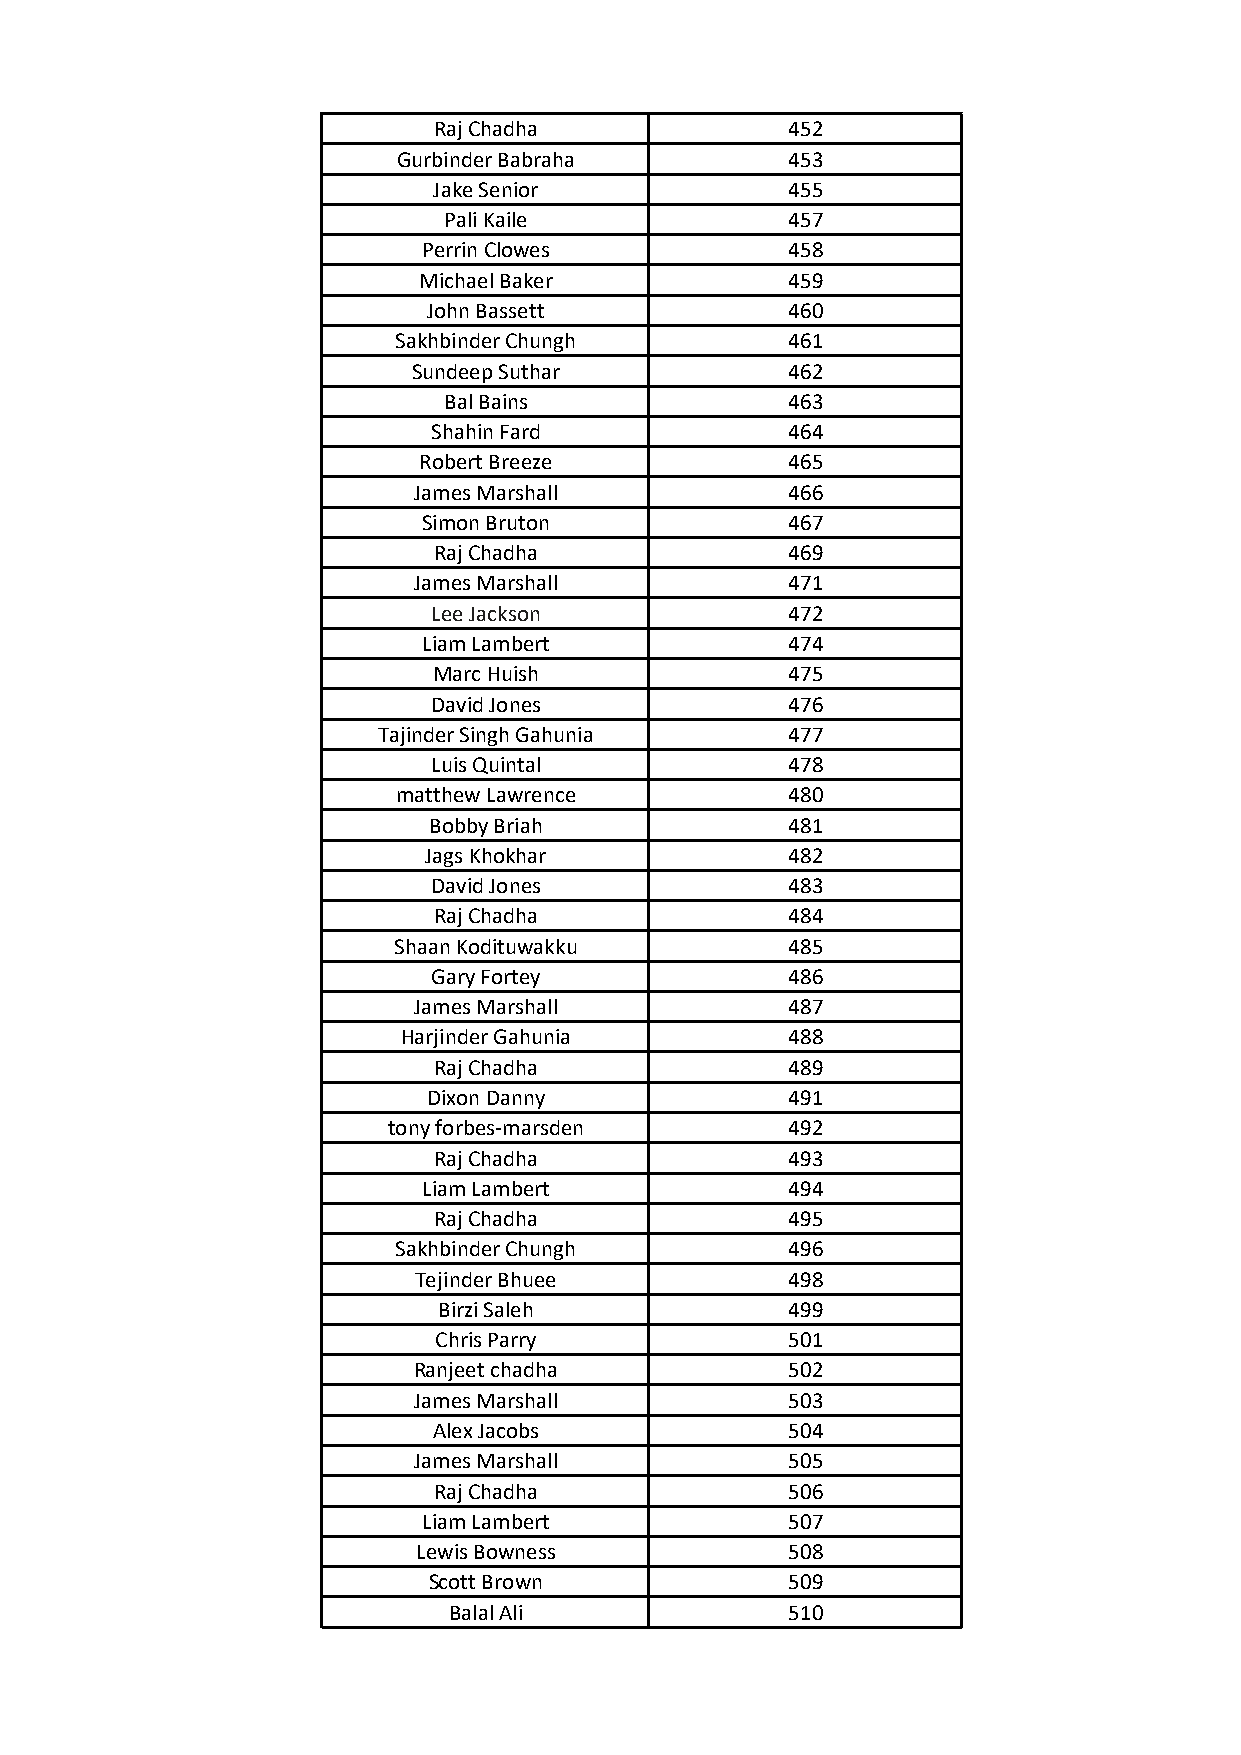
Raj Chadha             452
 Gurbinder Babraha         453
 Jake Senior            455
 Pali Kaile             457
 Perrin Clowes           458
 Michael Baker           459
 John Bassett            460
 Sakhbinder Chungh         461
 Sundeep Suthar           462
 Bal Bains              463
 Shahin Fard            464
 Robert Breeze           465
 James Marshall           466
 Simon Bruton            467
 Raj Chadha             469
 James Marshall           471
 Lee Jackson            472
 Liam Lambert            474
 Marc Huish             475
 David Jones            476
 Tajinder Singh Gahunia     477
 Luis Quintal           478
 matthew Lawrence          480
 Bobby Briah             481
 Jags Khokhar            482
 David Jones            483
 Raj Chadha             484
 Shaan Kodituwakku         485
 Gary Fortey            486
 James Marshall           487
 Harjinder Gahunia        488
 Raj Chadha             489
 Dixon Danny             491
 tony forbes-marsden       492
 Raj Chadha             493
 Liam Lambert            494
 Raj Chadha             495
 Sakhbinder Chungh         496
 Tejinder Bhuee           498
 Birzi Saleh            499
 Chris Parry            501
 Ranjeet chadha           502
 James Marshall           503
 Alex Jacobs            504
 James Marshall           505
 Raj Chadha             506
 Liam Lambert            507
 Lewis Bowness           508
 Scott Brown             509
 Balal Ali             510